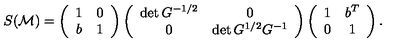
S ( { \cal M } ) = \left( \begin{array} { c c } { 1 } & { 0 } \\ { b } & { 1 } \\ \end{array} \right) \left( \begin{array} { c c } { \det G ^ { - 1 / 2 } } & { 0 } \\ { 0 } & { \det G ^ { 1 / 2 } G ^ { - 1 } } \\ \end{array} \right) \left( \begin{array} { c c } { 1 } & { b ^ { T } } \\ { 0 } & { 1 } \\ \end{array} \right) .